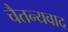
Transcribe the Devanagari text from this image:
चैतन्यवाद